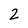
Character: 2